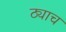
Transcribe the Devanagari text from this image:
ठ्याच